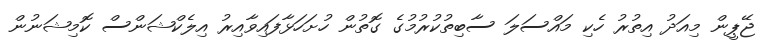
ޖޭޕީން މިއަދު އިތުރު ހެކި މައްސަލަ ސާބިތުކުރުމުގެ ގޮތުން ހުށަހަޅާފައިވާއިރު އިލެކްޝަންސް ކޮމިޝަނުން